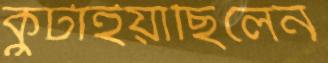
কুটাইয়াছিলেন